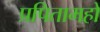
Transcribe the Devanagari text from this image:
प्रपितामहों